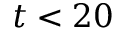
t < 2 0